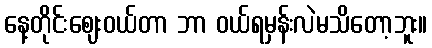
နေ့တိုင်းဈေးဝယ်တာ ဘာ ဝယ်ရမှန်းလဲမသိတော့ဘူး။